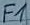
Text: F1